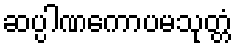
ဆပ္ပါဏကောပမသုတ္တံ